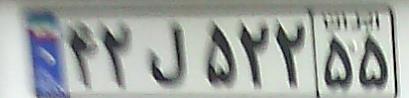
۴۲ل۵۲۲۵۵